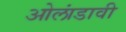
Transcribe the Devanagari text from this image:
ओलांडावी